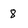
Character: 8